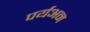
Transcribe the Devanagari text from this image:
पर्यअन